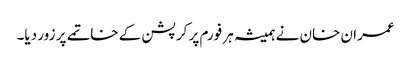
عمران خان نے ہمیشہ ہر فورم پر کرپشن کے خاتمے پر زور دیا۔